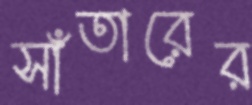
সাঁতারের